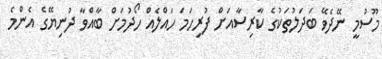
މޫސުމީ ނޭދެވޭ ބަދަލުތަކުގެ ކާރިސާއަށް ފުރިހަމަ ހައްލެއް ހޯދުމަށް ބާއްވާ ދުނިޔޭގެ އެންމެ